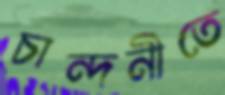
চান্দনীতে